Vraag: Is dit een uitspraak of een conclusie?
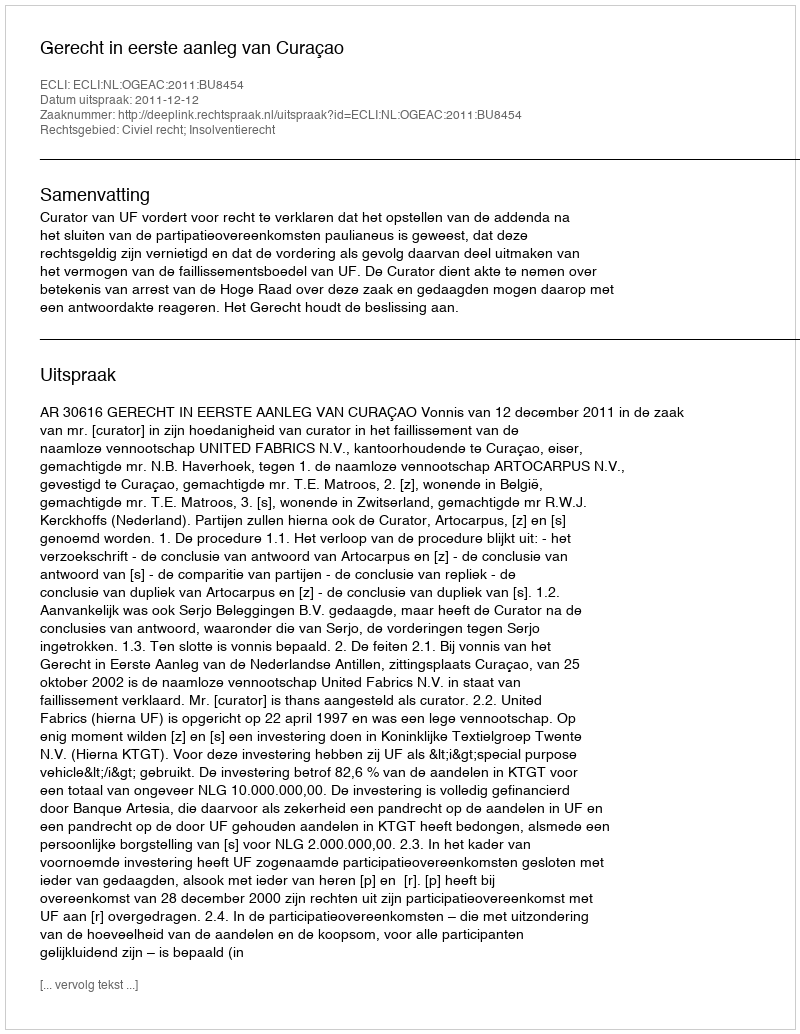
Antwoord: Uitspraak